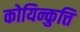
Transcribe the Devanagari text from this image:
कोयिन्कुत्ति